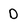
Character: D